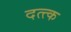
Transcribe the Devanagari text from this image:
दत्त्क